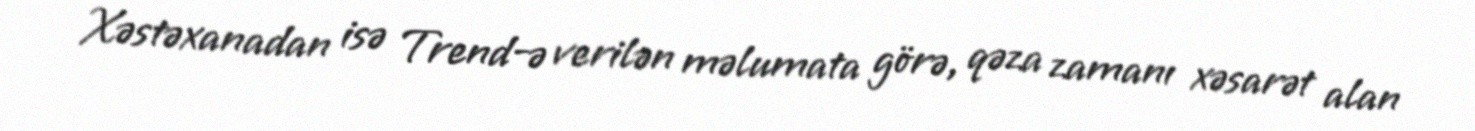
Xəstəxanadan isə Trend-ə verilən məlumata görə, qəza zamanı xəsarət alan